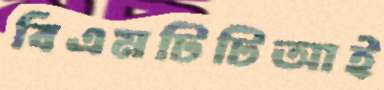
বিএমটিটিআই